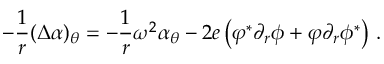
- \frac 1 r ( \Delta \alpha ) _ { \theta } = - \frac 1 r \omega ^ { 2 } \alpha _ { \theta } - 2 e \left( \varphi ^ { * } \partial _ { r } \phi + \varphi \partial _ { r } \phi ^ { * } \right) \, .